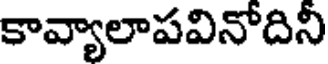
కావ్యాలాపవినోదిని